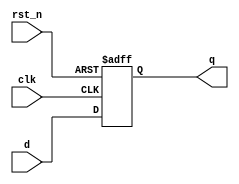
// 4-bit DFF with async reset
// 30 SEP 2014
// ECE552
module flop4b(q, d, clk, rst_n);
  input [3:0] d;
  input clk, rst_n;
  output reg [3:0] q;

  always @(posedge clk, negedge rst_n) begin
    if(~rst_n) begin
      q <= 4'b0;
    end
    else begin
      q <= d;
    end 
  end
endmodule